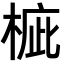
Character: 𣓄